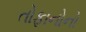
તોફાનોનો